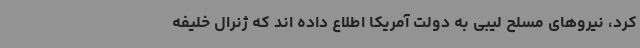
کرد، نیروهای مسلح لیبی به دولت آمریکا اطلاع داده اند که ژنرال خلیفه